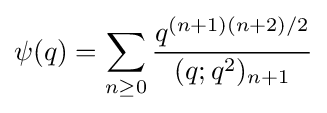
\psi (q)=\sum _{n\geq 0}{\frac {q^{(n+1)(n+2)/2}}{(q;q^{2})_{n+1}}}